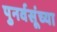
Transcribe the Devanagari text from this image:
पुनर्वसूंच्या